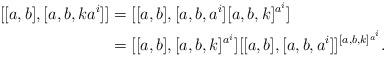
LaTeX: \begin{align*}[[a,b],[a,b,ka^i]]&=[[a,b],[a,b,a^i][a,b,k]^{a^i}]\\&=[[a,b],[a,b,k]^{a^i}][[a,b],[a,b,a^i]]^{[a,b,k]^{a^i}}.\end{align*}